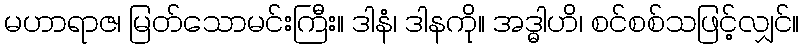
မဟာရာဇ၊ မြတ်သောမင်းကြီး။ ဒါနံ၊ ဒါနကို။ အဒ္ဓါဟိ၊ စင်စစ်သဖြင့်လျှင်။